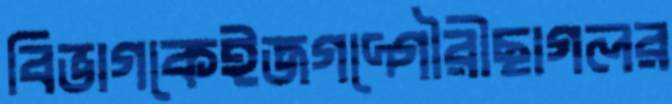
বিভাগকেইজগদ্গৌরীছাগলর